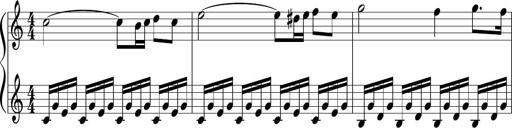
Title: Sonatina di Santa Gemma, JKB 12
Composer: Jason Baruk
Key: F major